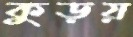
কুড়য়